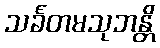
သင်္ခတမသုဘန္တိ